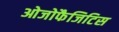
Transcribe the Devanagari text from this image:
ओजोफैजिटिस